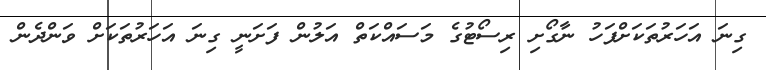
ގިނަ އަހަރުތަކަށްފަހު ނާގޯށި ރިސޯޓުގެ މަސައްކަތް އަލުން ފަށަނީ ގިނަ އަހަރުތަކަށް ވަންދެން